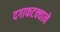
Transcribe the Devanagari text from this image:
दगाफटक्याने